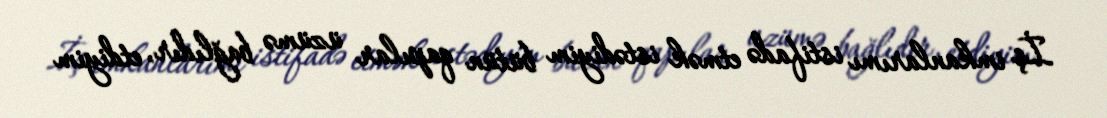
İş imkanlarımı istifadə etmək istədiyim bütün qapılar üzümə bağlıdır, etdiyim